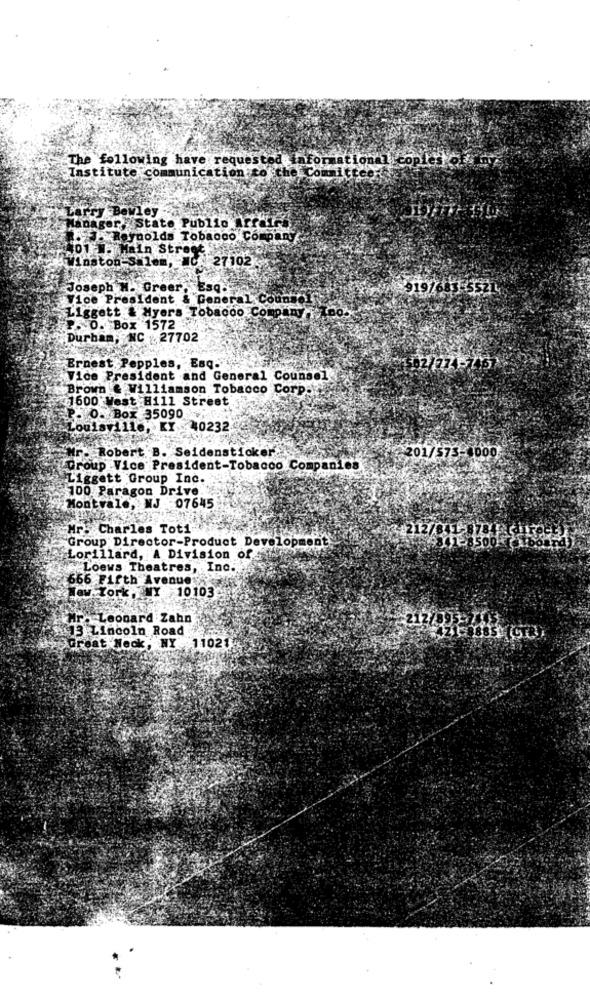
The following have requested informational copies of
Institute communication to the Committee
Larry Bewley
State Publio Arrales
ManagerY
J.Reynolds Tobacco Company
201 W. Main Street.
Winston-Salem, C: 27102
Joseph H. Greer, Esq.
9197683-55214
Vice President & General Counsel
Liggett & Myers Tobacco Company F Teo --
P. O. Box 1572
Durham, NC 27702
Ernest Pepples, Esq.
02/774-746
Vice President and General Counsel
Brown & Williamson Tobacco Corp
1600 West Hill Street
P. O. Box 35090
Louisville, KY 40232
Mr. Robert B. Seidensticker.
201/573-1000
Group Vice President-Tobacco Companies
Liggett Group Inc.
100 Paragon Drive
Montvale, NJ
-07645
Mr. Charles Tot1
Group Director-Product Development
Lorillard, A Division of
Loews Theatres, Inc.
666 Fifth Avenue
New York, NY 10103
Mr. Leonard Zahn
13 Lincoln Road
Great Neck, NY 11021